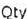
QTY